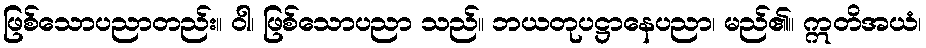
ဖြစ်သောပညာတည်း။ ဝါ၊ ဖြစ်သောပညာ သည်။ ဘယတုပဋ္ဌာနေပညာ၊ မည်၏။ ဣတိအယံ၊